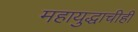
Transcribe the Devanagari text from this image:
महायुद्धाचीही